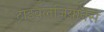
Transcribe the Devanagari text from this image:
ट्राइवलज़ियानस